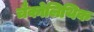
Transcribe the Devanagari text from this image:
चैकोलिथिक